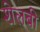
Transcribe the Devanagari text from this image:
शेलबी